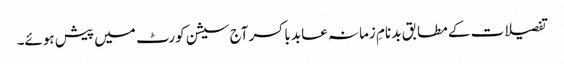
تفصیلات کے مطابق بد نامِ زمانہ عابد باکسر آج سیشن کورٹ میں پیش ہوئے۔